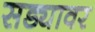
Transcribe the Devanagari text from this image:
सड्यावर